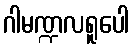
ဂါမဏ္ဍလရူပေါ